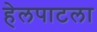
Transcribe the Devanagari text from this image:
हेलपाटला